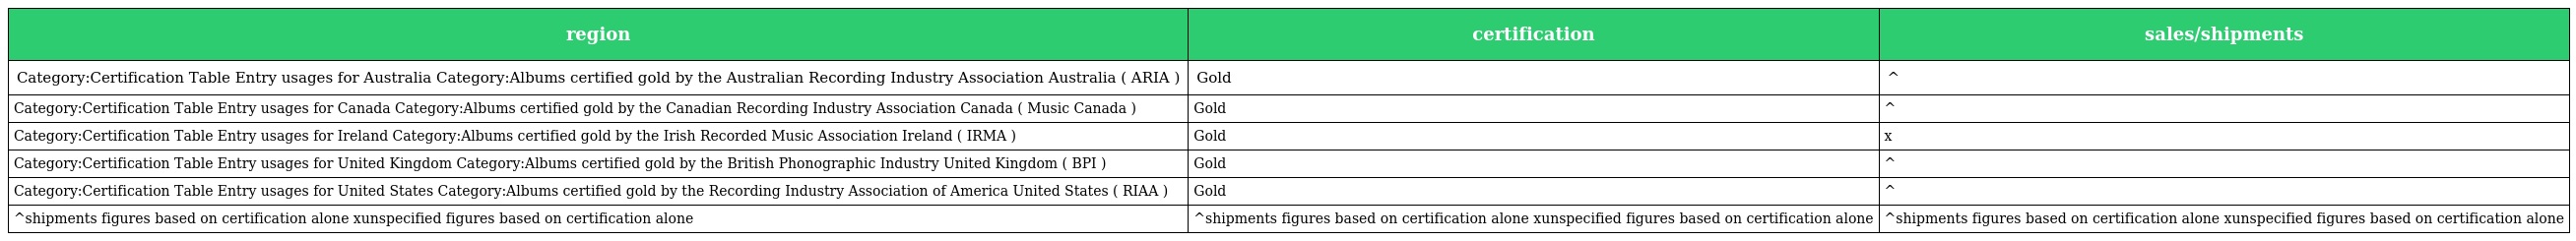
| region | certification | sales/shipments |
 | --- | --- | --- |
 | Category:Certification Table Entry usages for Australia Category:Albums certified gold by the Australian Recording Industry Association Australia ( ARIA ) | Gold | ^ |
 | Category:Certification Table Entry usages for Canada Category:Albums certified gold by the Canadian Recording Industry Association Canada ( Music Canada ) | Gold | ^ |
 | Category:Certification Table Entry usages for Ireland Category:Albums certified gold by the Irish Recorded Music Association Ireland ( IRMA ) | Gold | x |
 | Category:Certification Table Entry usages for United Kingdom Category:Albums certified gold by the British Phonographic Industry United Kingdom ( BPI ) | Gold | ^ |
 | Category:Certification Table Entry usages for United States Category:Albums certified gold by the Recording Industry Association of America United States ( RIAA ) | Gold | ^ |
 | ^shipments figures based on certification alone xunspecified figures based on certification alone | ^shipments figures based on certification alone xunspecified figures based on certification alone | ^shipments figures based on certification alone xunspecified figures based on certification alone |